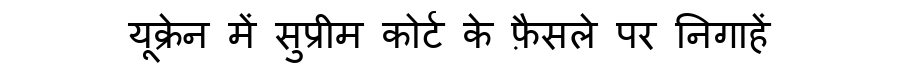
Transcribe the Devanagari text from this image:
यूक्रेन में सुप्रीम कोर्ट के फ़ैसले पर निगाहें